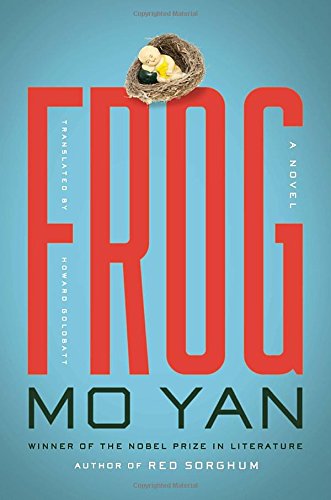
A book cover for Frog: A Novel; Mo Yan; Literature & Fiction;